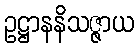
ဥဋ္ဌာနနိသဇ္ဇာယ